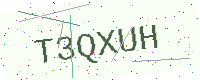
Text: T3QXUH